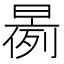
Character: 𱢝